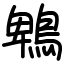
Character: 鵯